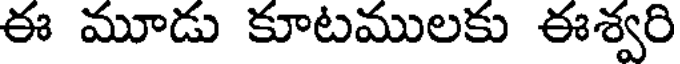
ఈ మూడు కూటములకు ఈశ్వరి